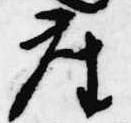
座